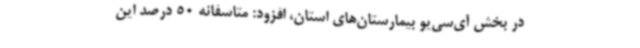
در بخش آی‌سی‌یو بیمارستان‌های استان، افزود: متاسفانه 50 درصد این